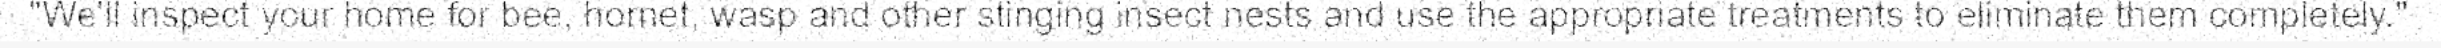
"We'll inspect your home for bee, hornet, wasp and other stinging insect nests and use the appropriate treatments to eliminate them completely."